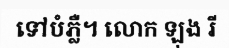
ទៅបំភ្លឺ។ លោក ឡុង រី